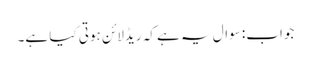
جواب: سوال یہ ہے کہ ریڈلائن ہوتی کیا ہے۔